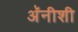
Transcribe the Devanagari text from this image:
अॅनीशी